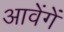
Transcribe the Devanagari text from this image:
आवेंगें